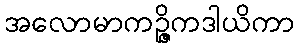
အလောမာကဉ္ဇိကဒါယိကာ